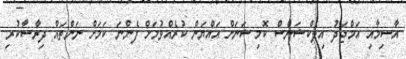
އާސިމާއި އަމްޖަދު އިލެކްޝަންސް ކޮމިޝަނަށް އައްޔަން ކުރެއްވުމަށް ފެންނަ ކަމަށް ނަންތައް ދިރާސާކުރި